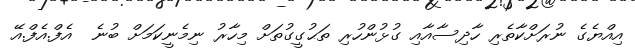
އިއްޔެގެ ނުރަށްކާތެރި ހާދިސާއާއި ގުޅުންހުރި ތަޙުގީގުތަށް މިހާރު ނިމެނީކަމަށް ބުނެ  އެފް.އެފް.އޭ